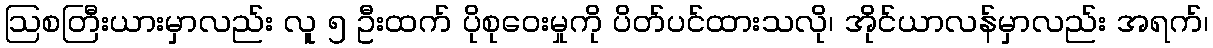
ဩစတြီးယားမှာလည်း လူ ၅ ဦးထက် ပိုစုဝေးမှုကို ပိတ်ပင်ထားသလို၊ အိုင်ယာလန်မှာလည်း အရက်၊